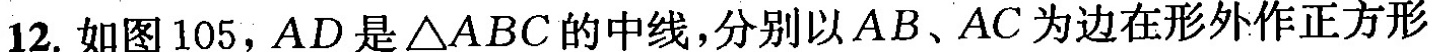
12.如图105，AD是△ABC的中线，分别以AB、AC为边在形外作正方形